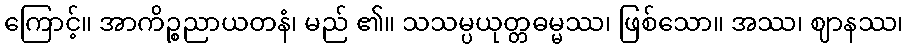
ကြောင့်။ အာကိဉ္စညာယတနံ၊ မည် ၏။ သသမ္ပယုတ္တဓမ္မဿ၊ ဖြစ်သော။ အဿ၊ ဈာနဿ၊